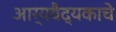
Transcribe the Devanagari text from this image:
आर्यवैद्यकाचे